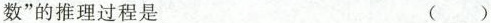
数”的推理过程是 （）